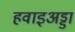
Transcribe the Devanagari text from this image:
हवाइअड्डा